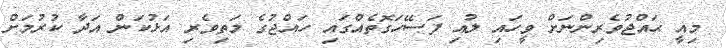
މިއީ ޙައްޖުވެރިންނަށް ވީހައި ލުއި ފަސޭހަގޮތެއްގައި ހައްޖުގެ މަތިވެރި އަޅުކަން އަދާ ކުރުމަށް